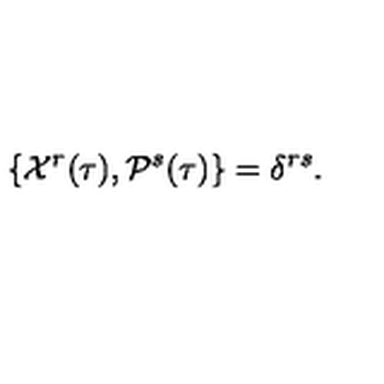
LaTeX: \{ { \cal X } ^ { r } ( \tau ) , { \cal P } ^ { s } ( \tau ) \} = \delta ^ { r s } .